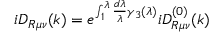
i D _ { R \mu \nu } ( k ) = e ^ { \int _ { 1 } ^ { \lambda } \frac { d \lambda } \lambda \gamma _ { 3 } ( \lambda ) } i D _ { R \mu \nu } ^ { ( 0 ) } ( k )